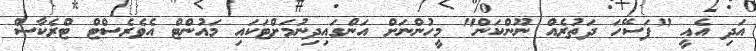
އަދި އެއީ "ފަސޭހަ ދަތުރެއް ނޫންކަން" މީހުންނަށް އަންގައިދިނުމަށްޓަކައި މައުންޓް އެވެރެސްޓް ޓްރެކާސް